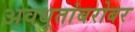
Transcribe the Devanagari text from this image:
अवधूतांबरोबर